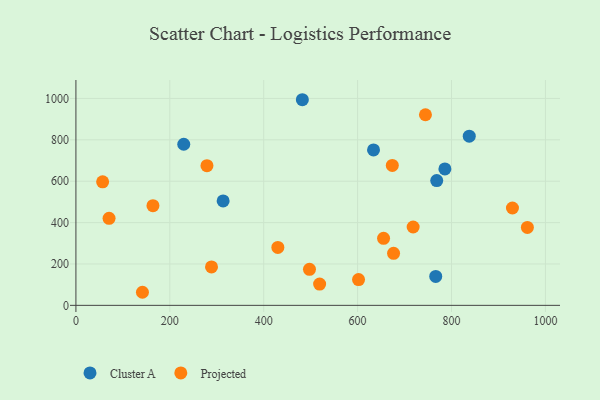
{"axis": {"x": "Investment", "y": "Profit"}, "legend": ["Cluster A", "Projected"], "data": [{"x": "229.7", "y": 778.6, "type": "Cluster A"}, {"x": "766.4", "y": 140.0, "type": "Cluster A"}, {"x": "785.9", "y": 659.3, "type": "Cluster A"}, {"x": "313.6", "y": 504.9, "type": "Cluster A"}, {"x": "837.8", "y": 817.5, "type": "Cluster A"}, {"x": "633.9", "y": 751.2, "type": "Cluster A"}, {"x": "482.3", "y": 993.8, "type": "Cluster A"}, {"x": "768.5", "y": 603.2, "type": "Cluster A"}, {"x": "961.6", "y": 376.4, "type": "Projected"}, {"x": "519.1", "y": 102.6, "type": "Projected"}, {"x": "676.6", "y": 251.4, "type": "Projected"}, {"x": "497.5", "y": 174.2, "type": "Projected"}, {"x": "279.1", "y": 675.1, "type": "Projected"}, {"x": "430.1", "y": 280.1, "type": "Projected"}, {"x": "70.6", "y": 420.6, "type": "Projected"}, {"x": "929.8", "y": 470.5, "type": "Projected"}, {"x": "56.9", "y": 597.0, "type": "Projected"}, {"x": "288.8", "y": 185.9, "type": "Projected"}, {"x": "673.9", "y": 676.3, "type": "Projected"}, {"x": "744.5", "y": 921.2, "type": "Projected"}, {"x": "718.3", "y": 378.7, "type": "Projected"}, {"x": "655.3", "y": 323.9, "type": "Projected"}, {"x": "602.0", "y": 124.4, "type": "Projected"}, {"x": "164.1", "y": 481.6, "type": "Projected"}, {"x": "141.7", "y": 63.2, "type": "Projected"}]}